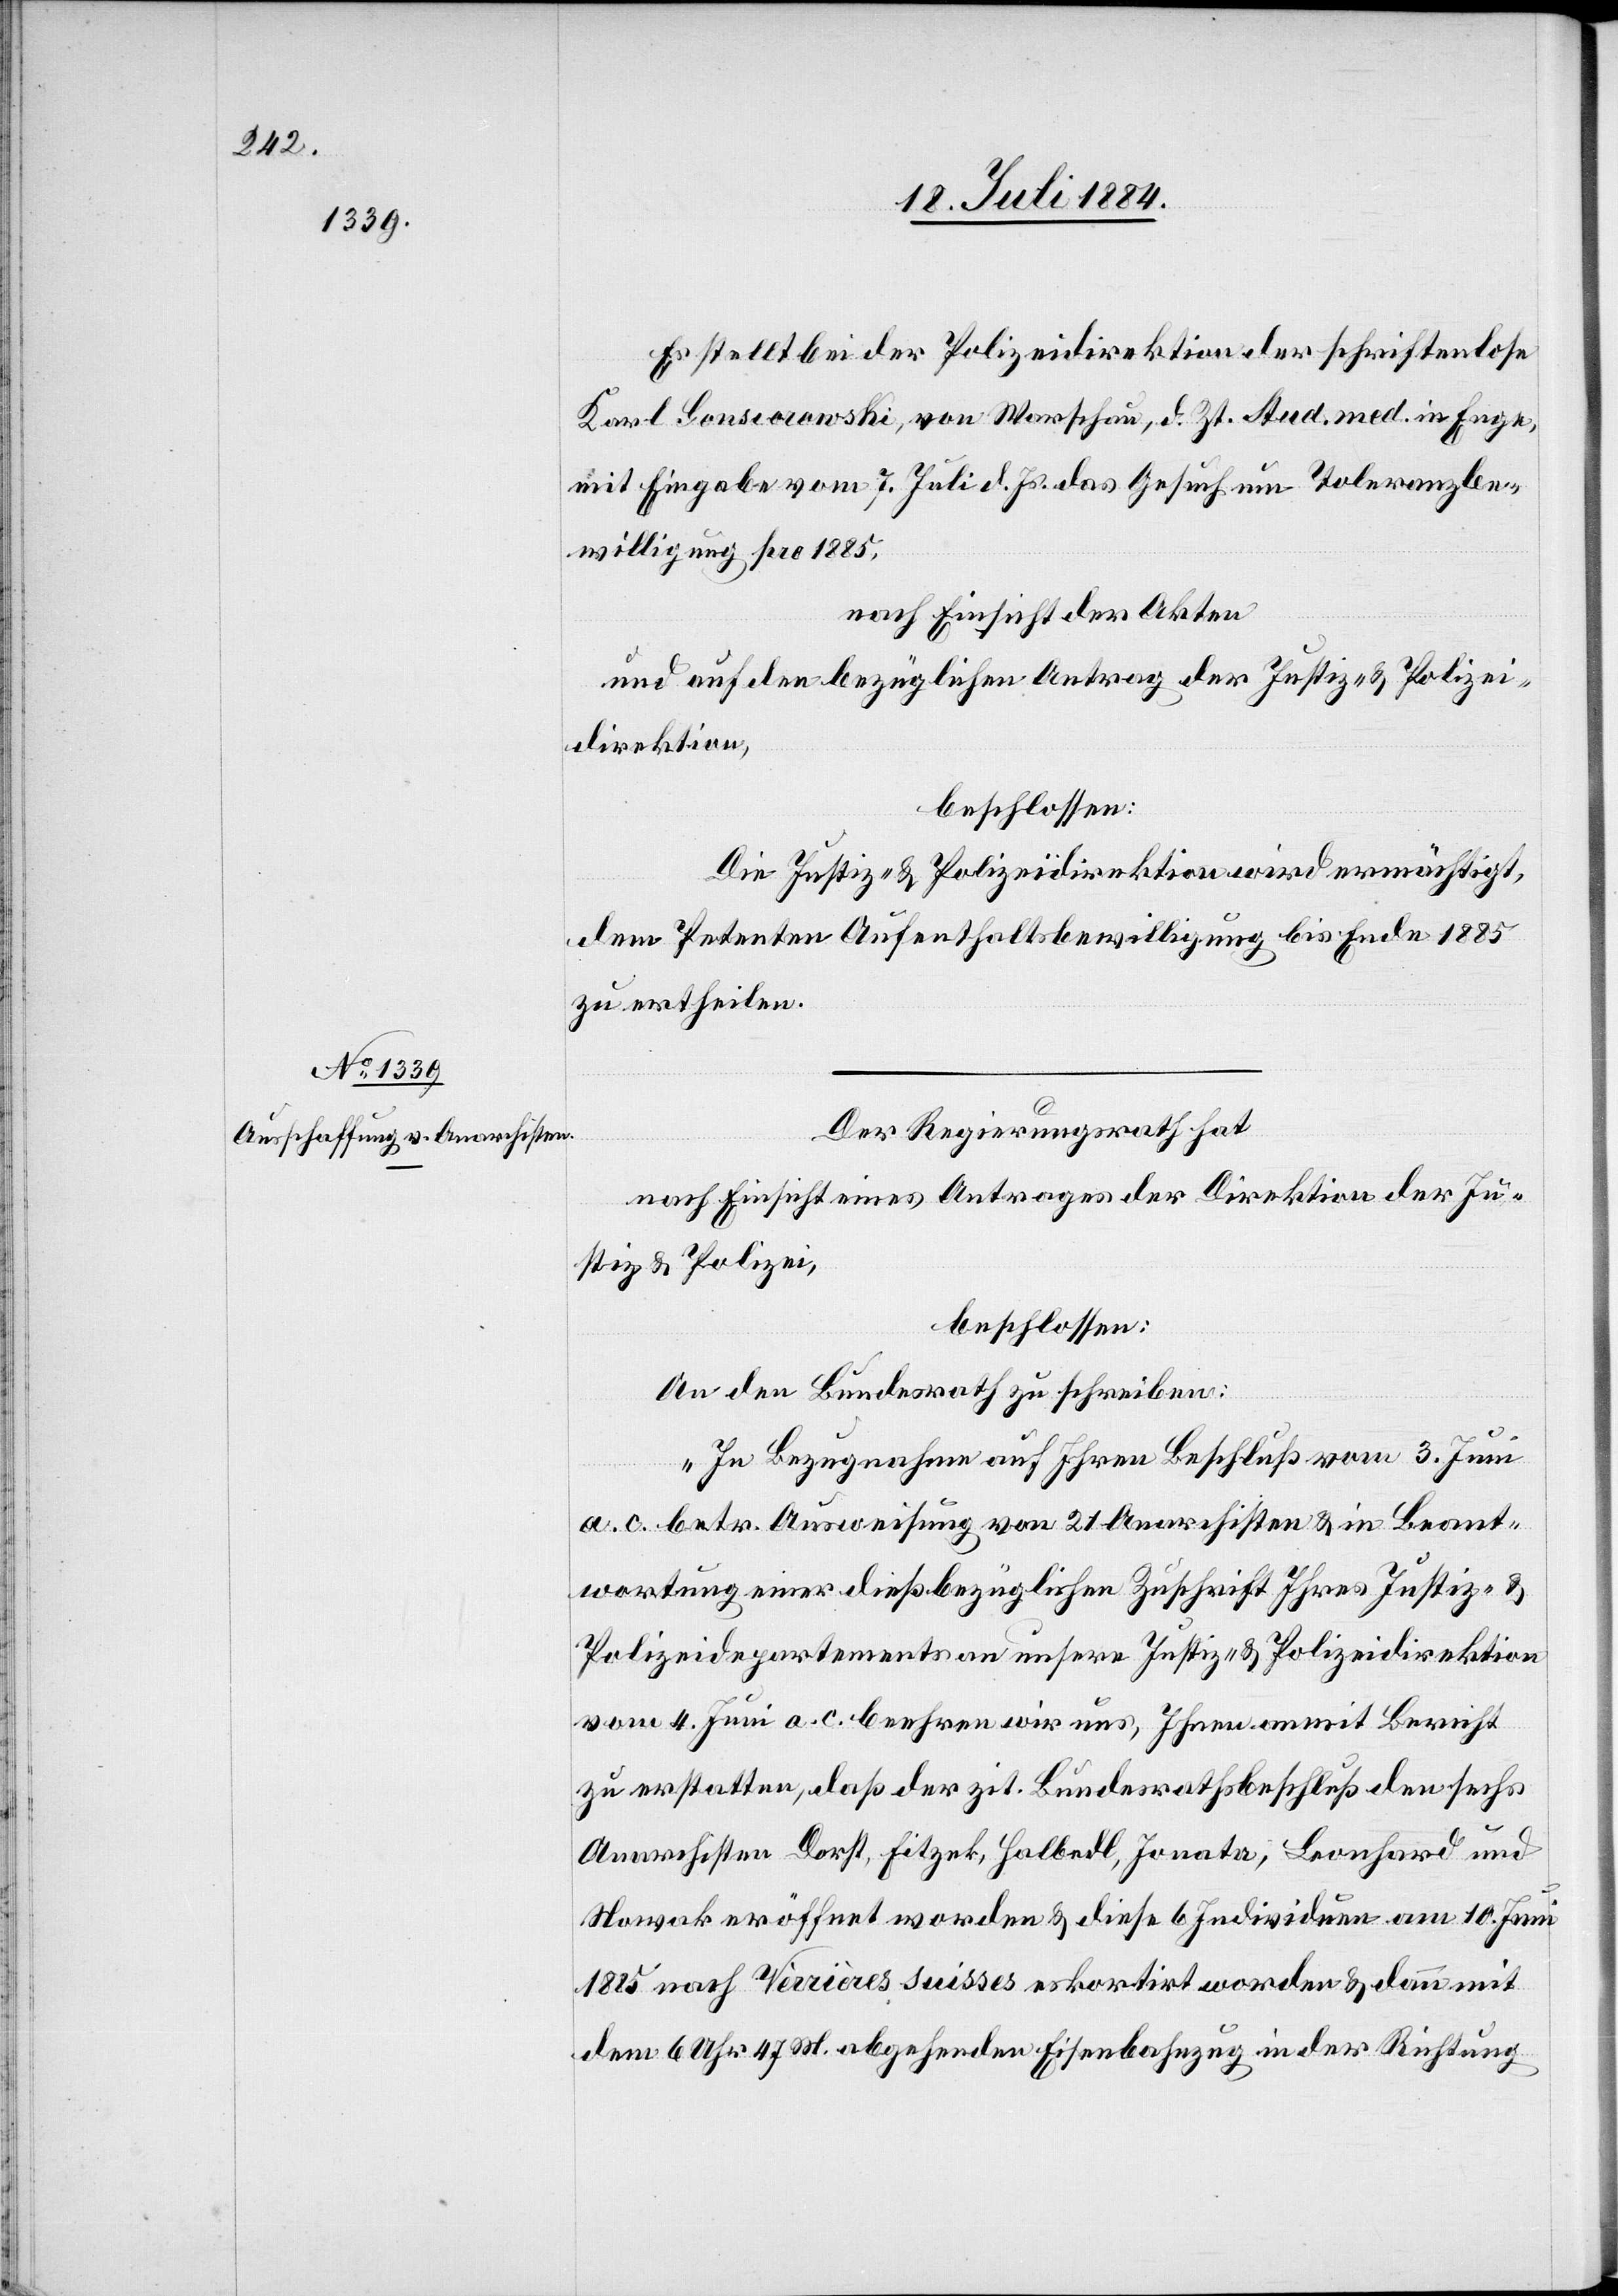
Es stellt bei der Polizeidirektion der schriftenlose
Karl Gonsiorowski, von Warschau, d. Zt. stud. med. in Enge
mit Eingabe vom 7. Juli d. Js. das Gesuch um Toleranzbe¬
willigung pro 1885,
nach Einsicht der Akten
und auf den bezüglichen Antrag der Justiz- & Polizei¬
direktion,
beschlossen:
Die Justiz- & Polizeidirektion wird ermächtigt,
dem Petenten Aufenthaltsbewilligung bis Ende 1885
zu ertheilen.
Der Regierungsrath hat
nach Einsicht eines Antrages der Direktion der Ju¬
stiz & Polizei,
beschlossen:
An den Bundesrath zu schreiben:
„In Bezugnahme auf Ihren Beschluß vom 3. Juni
a. c. betr. Ausweisung von 21 Anarchisten & in Beant¬
wortung einer dießbezüglichen Zuschrift Ihres Justiz- &
Polizeidepartements an unsere Justiz- & Polizeidirektion
vom 4. Juni a. c. beehren wir uns, Ihnen anmit Bericht
zu erstatten, daß der zit. Bundesrathsbeschluß den sechs
Anarchisten Dorst, Fitzek, Halbedl, Jonata, Leonhard und
Stowak eröffnet worden & diese 6 Individuen am 10. Juni
1885 nach Vèrrières suisses eskortirt worden & dann mit
dem 6 Uhr 47 M. abgehenden Eisenbahnzug in der Richtung